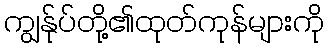
ကျွန်ုပ်တို့၏ထုတ်ကုန်များကို